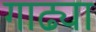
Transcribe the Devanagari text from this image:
गाढ्या